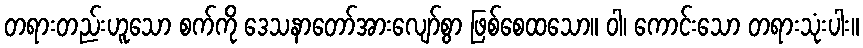
တရားတည်းဟူသော စက်ကို ဒေသနာတော်အားလျော်စွာ ဖြစ်စေထသော။ ဝါ၊ ကောင်းသော တရားသုံးပါး။